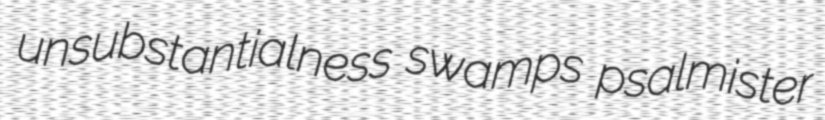
unsubstantialness swamps psalmister